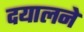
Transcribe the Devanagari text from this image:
दयालने